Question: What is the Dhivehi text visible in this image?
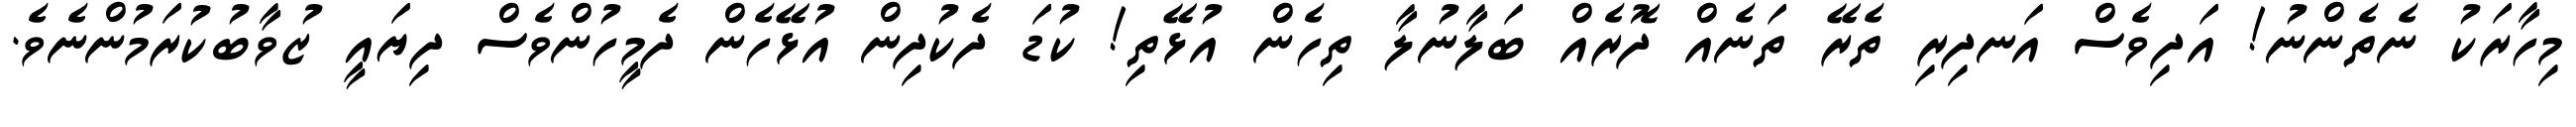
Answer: މިހާރަކު ނެތެންނު! އަދިވެސް އަނދިރި ތެރޭ ތަނެއް ދޮރެއް ބަލާނުލާ ތިހެން އުޅޭތި! ކުޑަ ދެކުދިން އުޅޭހެން ދެމީހުންވެސް ދިޔައީ ޒުވާބުކުރަމުންނެވެ.